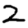
Digit: 2